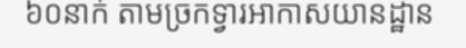
៦០នាក់ តាមច្រកទ្វារអាកាសយានដ្ឋាន